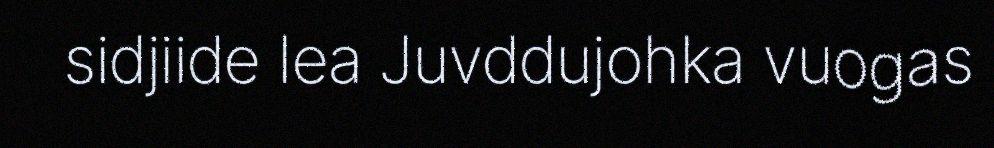
sidjiide lea Juvddujohka vuogas